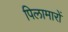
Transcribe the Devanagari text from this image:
पिलामारों